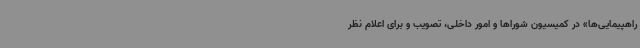
راهپیمایی‌ها» در کمیسیون شوراها و امور داخلی، تصویب و برای اعلام نظر